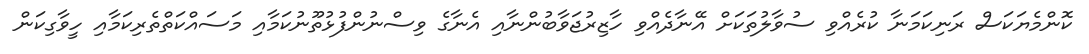
ކޮންމެޔަކަސް ރަނިކަމަނާ ކުރެއްވި ސުވާލުތަކަށް އޭނާދެއްވި ހާޒިރުޖަވާބުންނާއި އެނާގެ ވިސްނުންފުޅުތޫނުކަމާއި މަސައްކަތްތެރިކަމާއި ހީވާގިކަން